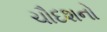
ચૌદશનો